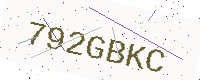
Text: 792GBKC